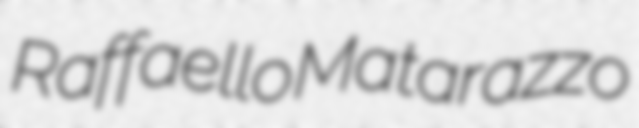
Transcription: Raffaello Matarazzo